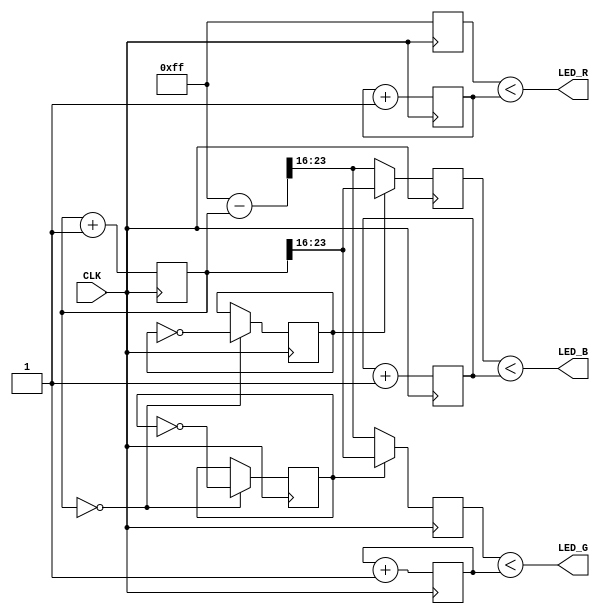
module top(
    input       CLK,
    output      LED_R,
    output      LED_G,
    output      LED_B
);

    reg [23:0] counter;

    reg [7:0] r_pwm;
    reg [7:0] g_pwm;
    reg [7:0] b_pwm;

    reg [7:0] r_duty;
    reg [7:0] g_duty;
    reg [7:0] b_duty;

    reg r_dir;
    reg g_dir;
    reg b_dir;

    initial begin
        r_dir = 1;
        g_dir = 1;
        b_dir = 0;
    end

    always @(posedge CLK) begin
        r_pwm <= r_pwm + 1;
        g_pwm <= g_pwm + 1;
        b_pwm <= b_pwm + 1;

        counter <= counter + 1;

        r_duty <= 255;
        g_duty <= g_dir ? counter >> 16 : 255 - counter >> 16;
        b_duty <= b_dir ? counter >> 16 : 255 - counter >> 16;

        if (counter == 0) begin
            r_dir = ~r_dir;
            g_dir = ~g_dir;
            b_dir = ~b_dir;
        end
    end
    
    assign LED_R = r_duty < r_pwm;
    assign LED_G = g_duty < g_pwm;
    assign LED_B = b_duty < b_pwm;

endmodule